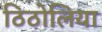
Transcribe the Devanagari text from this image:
ठिठोलिया